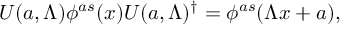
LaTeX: U ( a , \Lambda ) \phi ^ { a s } ( x ) U ( a , \Lambda ) ^ { \dagger } = \phi ^ { a s } ( \Lambda x + a ) ,